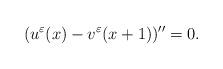
LaTeX: \begin{align*}( u^{\varepsilon}(x)- v^{\varepsilon}(x+1))^{\prime\prime}=0.\end{align*}